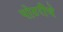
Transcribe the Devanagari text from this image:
पोटरीचे